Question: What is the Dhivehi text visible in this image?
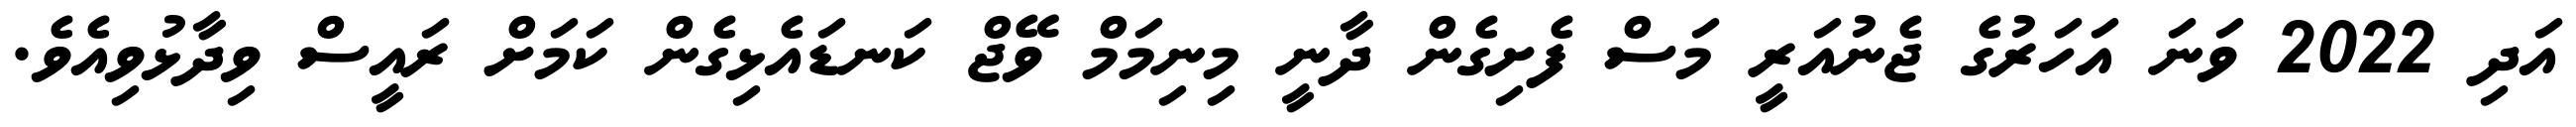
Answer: އަދި 2022 ވަނަ އަހަރުގެ ޖެނުއަރީ މަސް ފެށިގެން ދާނީ މިނިމަމް ވޭޖް ކަނޑައެޅިގެން ކަމަށް ރައީސް ވިދާޅުވިއެވެ.